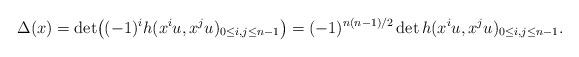
LaTeX: \begin{align*} \Delta(x) = \det\bigl((-1)^i h(x^{i}u,x^ju)_{0\leq i, j\leq n-1}\bigr)= (-1)^{n(n-1)/2}\det h(x ^{i}u,x^ju)_{0\leq i, j\leq n-1}.\end{align*}